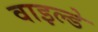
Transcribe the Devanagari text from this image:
वाइल्डे